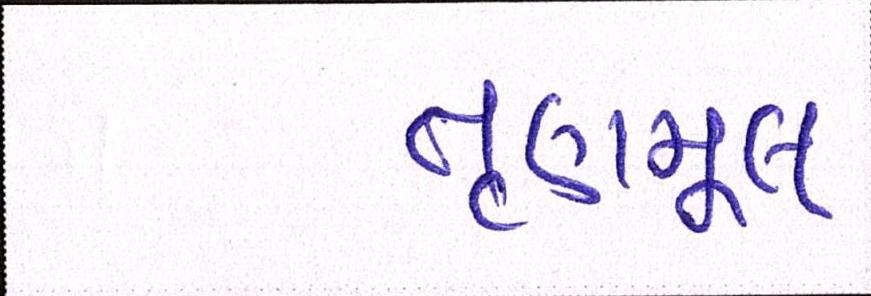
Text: તૃણમૂલ